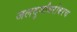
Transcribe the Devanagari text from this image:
जलदुर्गांबरोबरच